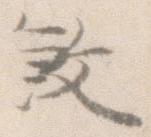
殺